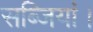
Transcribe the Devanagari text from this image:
सब्जियां।